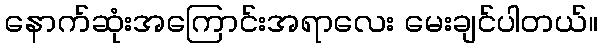
နောက်ဆုံးအကြောင်းအရာလေး မေးချင်ပါတယ်။